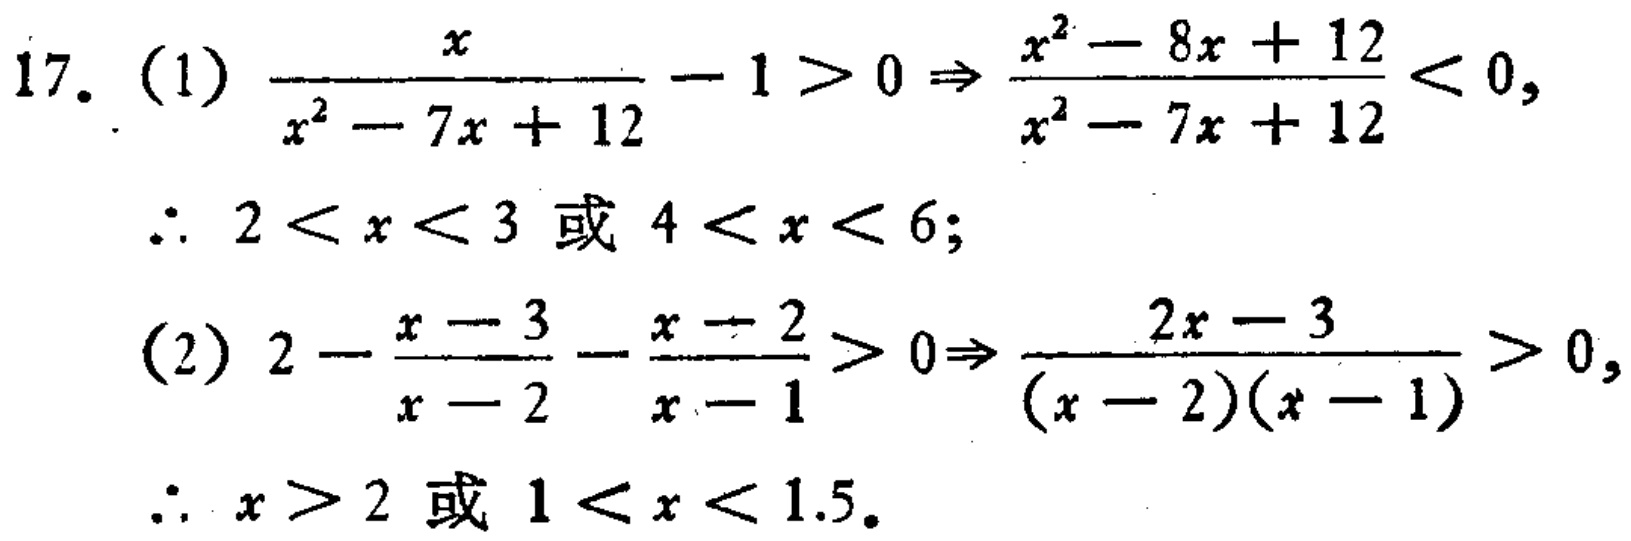
17. (1) \(\frac{x}{x^{2}-7x + 12}-1>0\Rightarrow\frac{x^{2}-8x + 12}{x^{2}-7x + 12}<0\),
\(\therefore 2<x<3\) 或 \(4<x<6\);
(2) \(2-\frac{x - 3}{x - 2}-\frac{x - 2}{x - 1}>0\Rightarrow\frac{2x - 3}{(x - 2)(x - 1)}>0\),
\(\therefore x>2\) 或 \(1<x<1.5\).